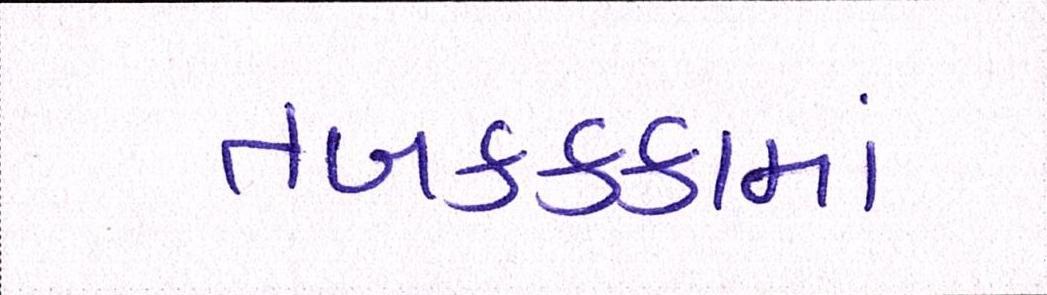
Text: તબકક્કામાં